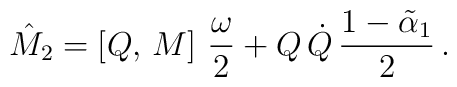
\hat{M}_2=\left[Q,\,M\right]\,\frac{\omega}{2}+Q\,\dot{Q}\,\frac{1-\tilde{\alpha}_1}{2}\,.